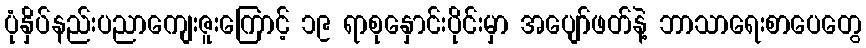
ပုံနှိပ်နည်းပညာကျေးဇူးကြောင့် ၁၉ ရာစုနှောင်းပိုင်းမှာ အပျော်ဖတ်နဲ့ ဘာသာရေးစာပေတွေ